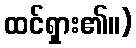
ထင်ရှား၏။)